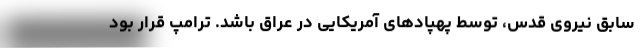
سابق نیروی قدس، توسط پهپادهای آمریکایی در عراق باشد. ترامپ قرار بود